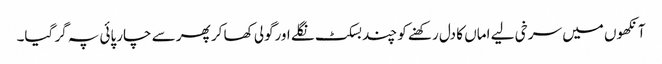
آنکھوں میں سرخی لیے اماں کا دل رکھنے کو چند بسکٹ نگلے اورگولی کھا کر پھر سے چارپائی پہ گر گیا۔